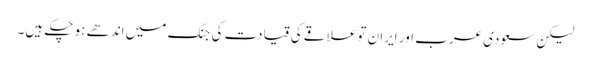
لیکن سعودی عرب اور ایران تو علاقے کی قیادت کی جنگ میں اندھے ہو چکے ہیں۔